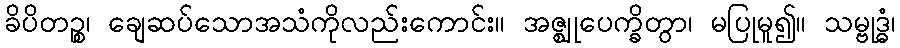
ခိပိတဉ္စ၊ ချေဆပ်သောအသံကိုလည်းကောင်း။ အဇ္ဈုပေက္ခိတွာ၊ မပြုမူ၍။ သမ္ဗုဒ္ဓံ၊